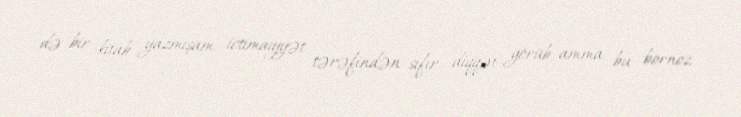
də bir kitab yazmışam, ictimaiyyət tərəfindən sıfır diqqət görüb, amma bu bornoz